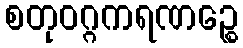
စတုဝဂ္ဂကရဏဉ္စေ